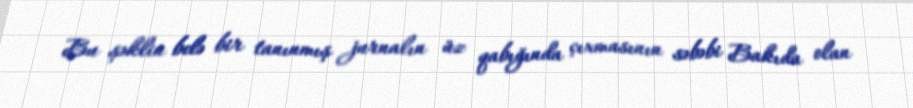
Bu şəklin belə bir tanınmış jurnalın üz qabığında çıxmasının səbəbi Bakıda olan